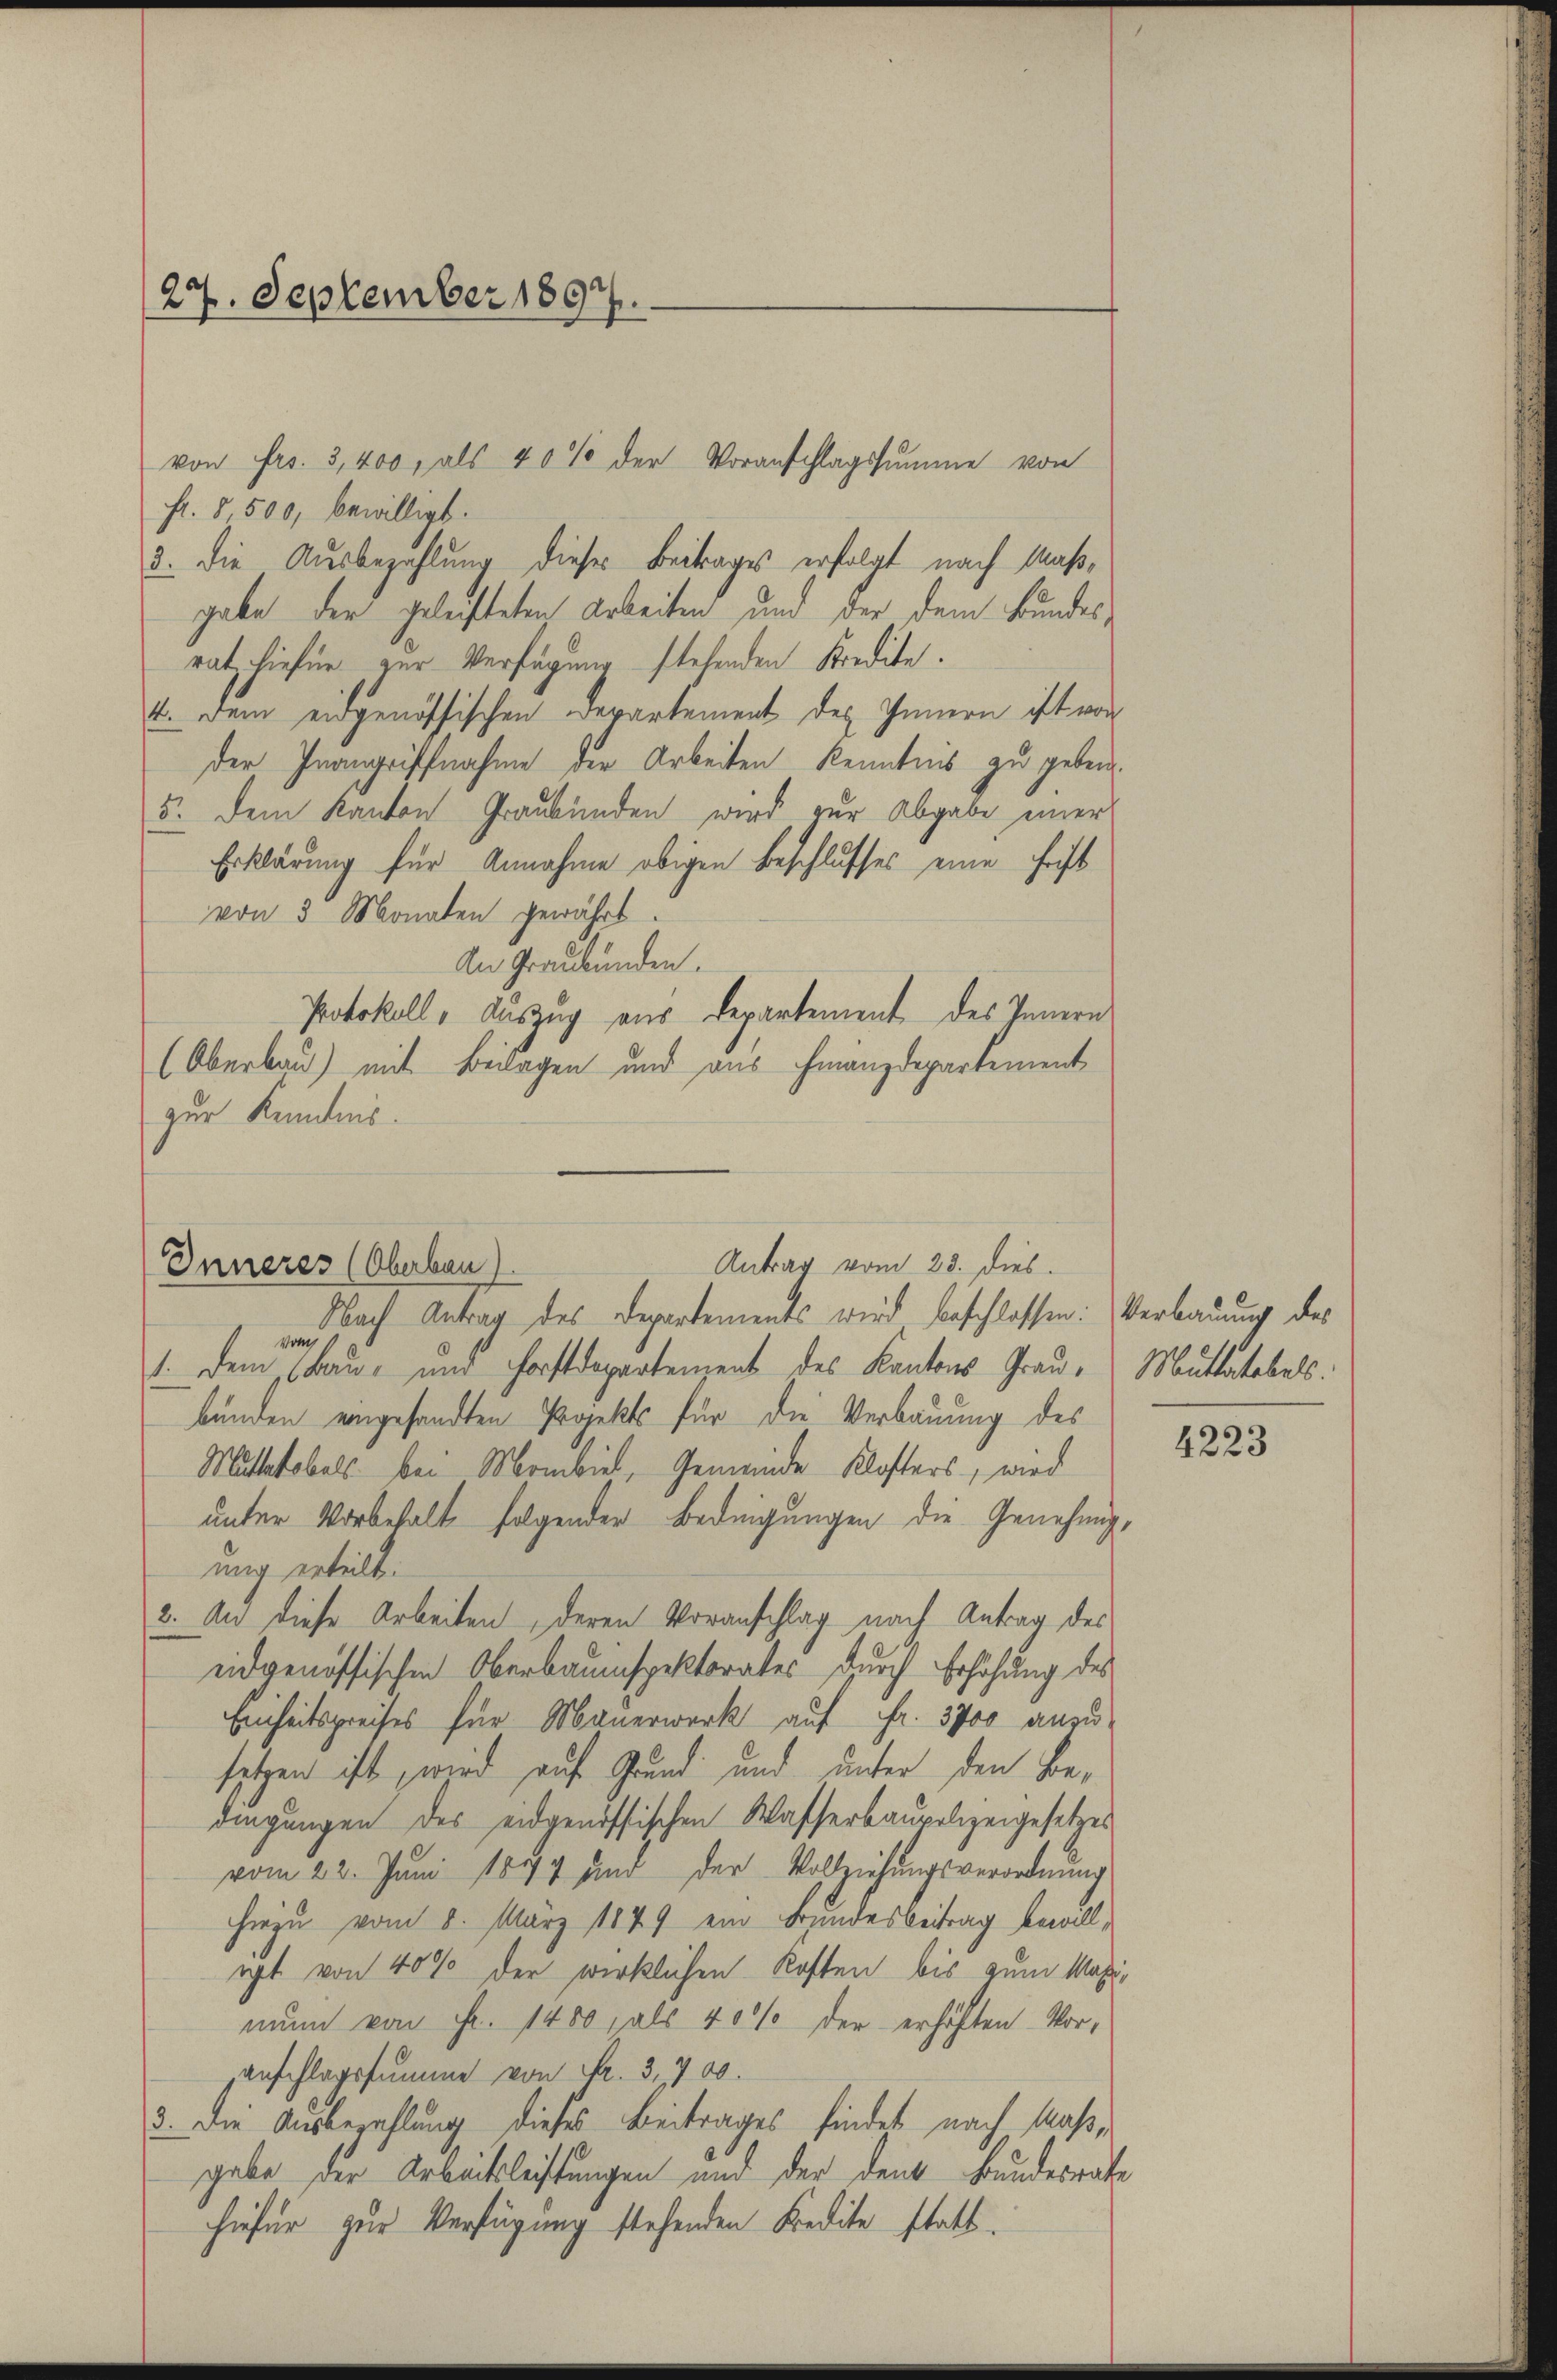
27. September 1897.

Gr. § 500, bewilligt.
3. Die Ausbezahlung dieses Beitrages erfolgt nach Maßgabe der geleisteten Arbeiten und der dem Bundes,
rat hiefür zur Verfügung stehenden Kredite.
t. Dem eidgenössischen Departement des Innern ist vor
der Inangriffnahme der Arbeiten Kenntnis zu geben.
5. Dem Kanton Graubünden wird zur Abgabe einer
Erklärung für Annahme obigen Beschlusses eine Frist
von 3 Monaten gewährt
An Graubünden.
Protokoll- Auszug aus Departement des Innern
(Oberbau) mit Belagen und aus Finanzdepartement
zur Kenntnis.

von Frs. 3,400, als 40% der Voranschlagssumme von

Antrag vom 23. dies.
Inneres (Oberbau)

Nach Antrag des Departements wird beschlossen: Verbauung des
von
1. Dem Bau- und Forstdepartement des Kantons Grau Muttatobels.
bunden eingesandten Projekts für die Verbauung des
Mutterobels bei Mombiel, Gemeinde Klosters, wird
unter Vorbehalt folgender Bedingungen die Genehmigung erteilt.
2. An diese Arbeiten, deren Voranschlag nach Antrag des
eidgenössischen Oberbauinspektorates durch Erhöhung des
Einheitspreises für Mauerwerk auf Fr. 3700 anzu-
setzen ist, wird auf Grund und unter den Bedingungen des eidgenössischen Wasserbaupolizeigesetzes
vom 22. Juni 1877 und der Vollziehŭngsverordnŭng
hiezu vom 8. März 1849 ein Bundesbeitrag bewilligt von 40% der wirklichen Kosten bis zum Magimun von Fr. 1480, als 40% der erhöhten Vor-
anschlagssumme von Nr. 3,700.
3. Die Ausbezahlung dieses Beitrages findet nach Maßgabe der Arbeitsleistungen und der den Bundesrate
hiefür zur Verfügung stehenden Kredite statt.

4223